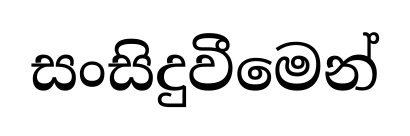
සංසිදුවීමෙන්